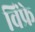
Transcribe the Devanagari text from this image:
विंफ्रे